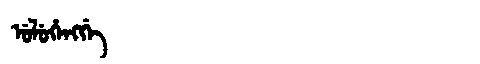
Manchu: ᡠᠯᡠᡥᡝᠩᡤᡝ
Romanization: ULUHENGGE